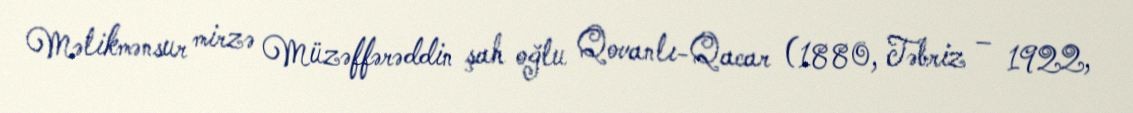
Məlikmənsur mirzə Müzəffərəddin şah oğlu Qovanlı-Qacar (1880, Təbriz – 1922,